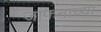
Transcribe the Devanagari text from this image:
जाफनाच्या